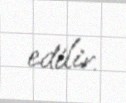
edilir.